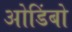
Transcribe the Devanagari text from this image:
ओडिंबो